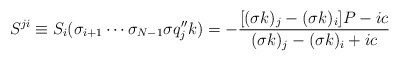
\begin{align*}S^{ji}\equiv S_i(\sigma_{i+1}\cdots\sigma_{N-1}\sigma q_j''k)=-\displaystyle{\frac{[(\sigma k)_j-(\sigma k)_i]P-ic} {(\sigma k)_j-(\sigma k)_i+ic}}\end{align*}